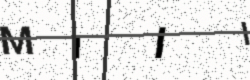
Text: MIII